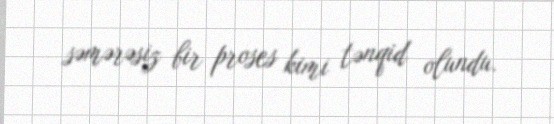
səmərəsiz bir proses kimi tənqid olundu.